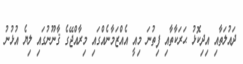
ދައުލަތާއި އިދިކޮޅު ޙަރަކާތާއި ފިތުނަ މިއީ އެއްޒަމާނެއްގައި މިރާއްޖޭގެ ޤާނޫނުގައި ލިޔެ އުޅުނު